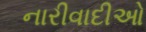
નારીવાદીઓ